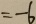
= - 6